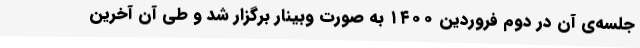
جلسه‌ی آن در دوم فروردین ۱۴۰۰ به صورت وبینار برگزار شد و طی آن آخرین